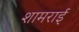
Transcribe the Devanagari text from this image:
शामराई